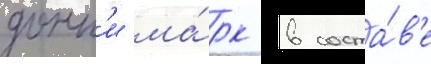
донн'и ма́рк в соста́в'е